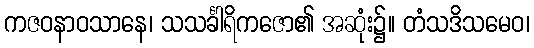
ကဇဝနာဝသာနေ၊ သသင်္ခါရိကဇော၏ အဆုံး၌။ တံသဒိသမေဝ၊